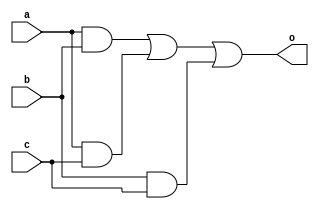
`timescale 1ns/10ps

module maj(
	input a,b,c,
	output o
);

	assign o = (a & b) | (a & c) | (b & c);

endmodule